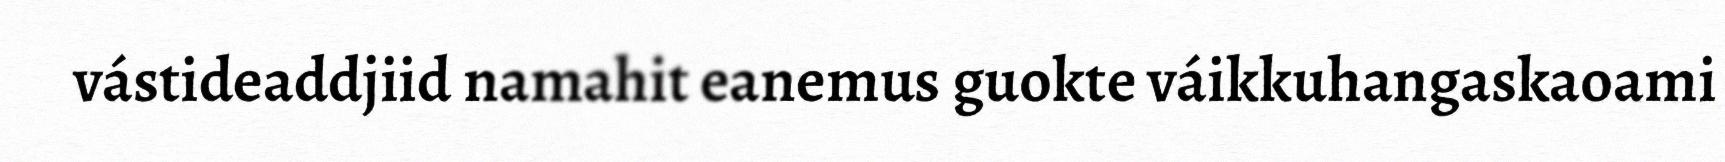
vástideaddjiid namahit eanemus guokte váikkuhangaskaoami